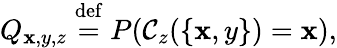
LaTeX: Q_{\mathbf{x},y,z}\stackrel{\mathrm{{def}}}{=}P(\mathcal{{C}}_{z}(\{ \mathbf{x},y\} )=\mathbf{x}),